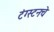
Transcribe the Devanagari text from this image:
टंग्स्टनचे